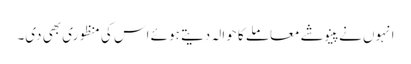
انہوں نے پینوشے معاملے کا حوالہ دیتے ہوئے اس کی منظوری بھی دی۔